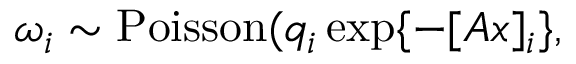
\omega _ { i } \sim { \mathrm { P o i s s o n } } ( q _ { i } \exp \{ - [ A x ] _ { i } \} ,